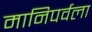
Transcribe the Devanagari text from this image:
मानिपर्वला